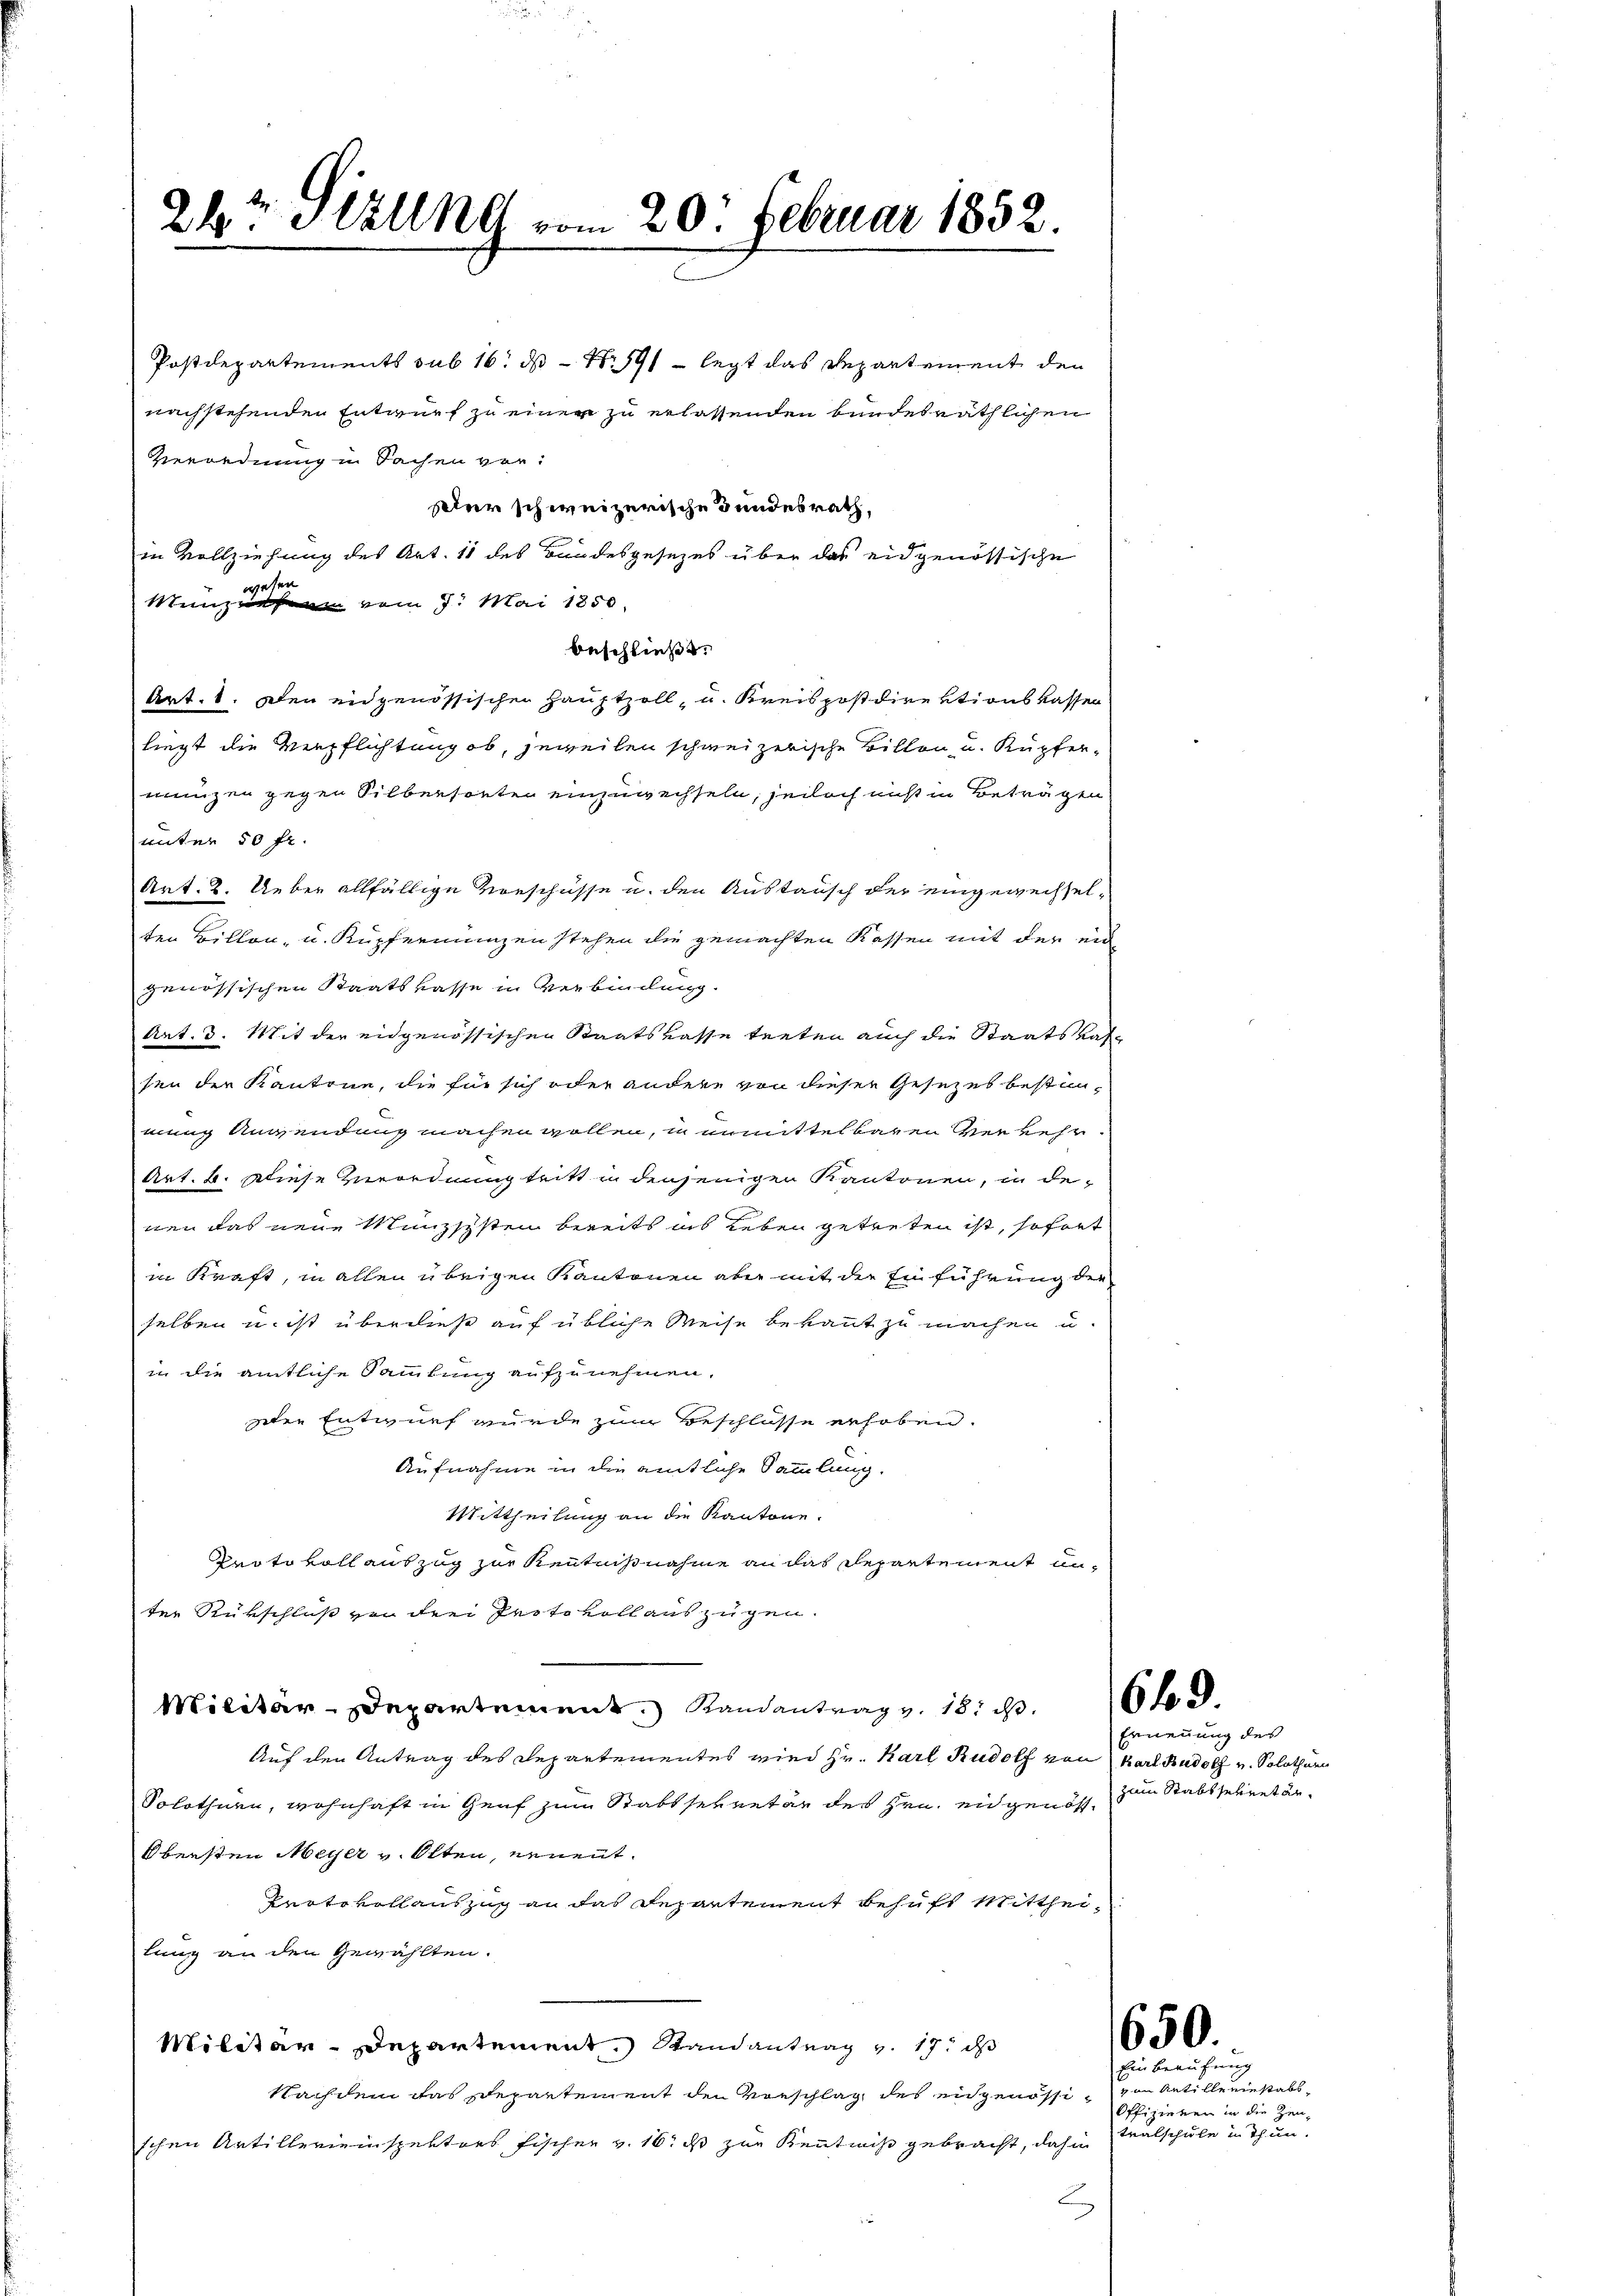
24t Sitzung vom 20. Februar 1852.

Postdepartements sub 16. ds 111 legt das Repartement den
nachstehenden Entwurf zu einer zu erlassenden bundesräthlichen
Verordnung in Sachen vor:
Der schweizerische Bundesrath,
in Vollziehung des Art. 11 des Bundesgesezes über das eidgenössische
Munzinsen vom 7. Mai 1850.
beschließt.
Art. 1. Den eidgenössischen Hauptzoll- u. Kreispostdirektionskassen
liegt die Verpflichtung ob, jeweilen schweizerische Billen u. Kupfer-
mungen gegen Silbersonten einzuwechseln, jedoch nicht in Beträgen
unter 50 fr.
Art: 2. Ueber allfällige Vorschüsse u. den Austausch der eingewechsel-
ten Billon- u. Kupfernungen stehen die gemachten Kassen mit der ein
genössischen Staatskasse in Verbindung.
Art. 3. Mit der eidgenössischen Staatskasse treten auch die Staatskassen der Kantone, die für sich oder andere von dieser Gesezes bestimmung Anwendung machen wollen, in unmittelbaren Verkehr
Art. b. Diese Ziordnung tritt in denjenigen Kantonen, in denen das neue Münzschsten bereits ins Leben getreten ist, sofort
in Kraft, in allen übrigen Kantonen aber mit der Einführung der
selben u. ist überdieß auf übliche Weise bekannt zu machen u.
in die amtliche Sammlung aufzunehmen,
sten Entwurf wurde zum Beschlosse erhoben.
Aufnahme in die amtliche Sammlung.
Mittheilung an die Kantone.
Protokoll auszug zur Kenntnißnahme an das Repartement unter Rükschluß von drei Protokollauszügen.
Militär-Departement Randantrag v. 18. ds.
Auf den Antrag des Departementes wird Hr. Karl Rudolf von Karl Rudolf und Solothurn
Solothurn, wohnhaft in Genf zum Stabssekretär des Hrn. eidgenösse zum Stabsseliget an¬
Obersten Meyer v. Olten, nenent¬
Prote vollauszug an das Departement behufs Mittheilung an den Gewählten.
Militär-Departement, Randantrag v. 17. d
Nachdem das Repartement den Vorschlag des eidgenössi, von Antille einstabsschen Artillerieinspekters Fischer v. 16. ds zur Kenntniß gebracht, dahin

wesen

6 f. 3.

Ernennung des

650.

Ein Berufnung
Offizieren in die Zeu¬
Tralschule in Thun.